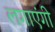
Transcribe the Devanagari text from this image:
लगाएंगी